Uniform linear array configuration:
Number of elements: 16
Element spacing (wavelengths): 1
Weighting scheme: exponential
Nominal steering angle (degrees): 0
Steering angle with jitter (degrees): -1.091
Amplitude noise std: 0.05
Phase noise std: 0.05

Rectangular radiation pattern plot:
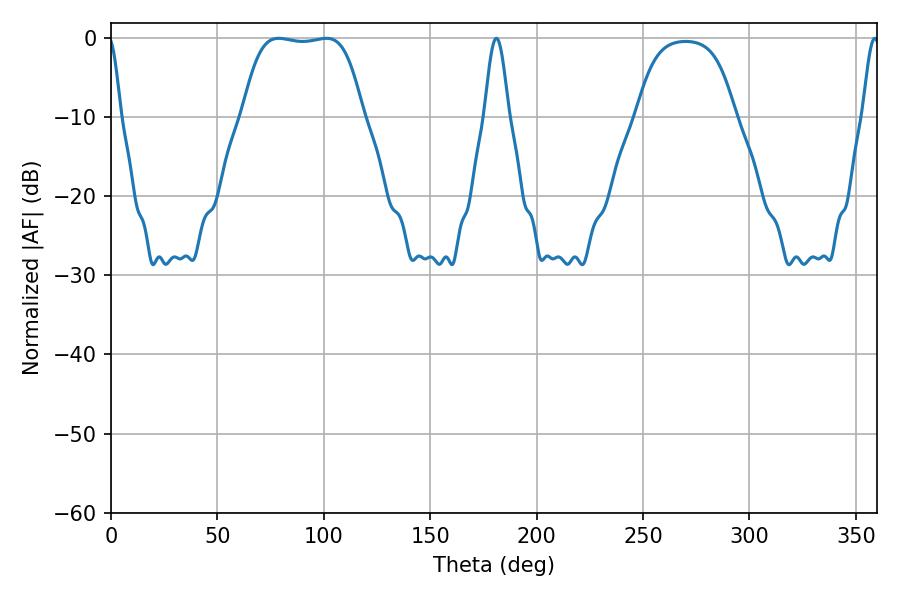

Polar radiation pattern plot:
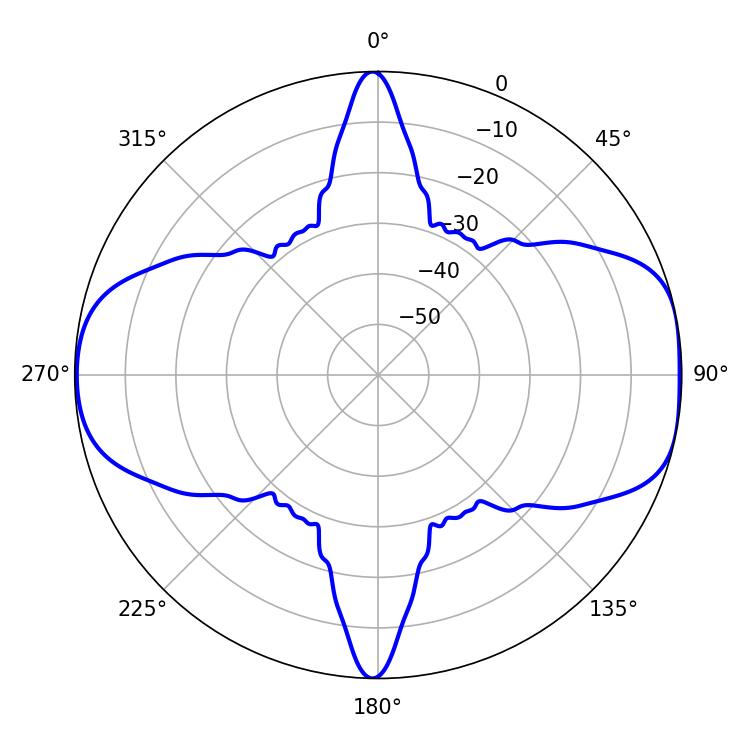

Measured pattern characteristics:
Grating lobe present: TRUE
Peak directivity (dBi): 9.27
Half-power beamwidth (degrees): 43.92
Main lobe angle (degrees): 78.84